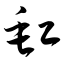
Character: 缸